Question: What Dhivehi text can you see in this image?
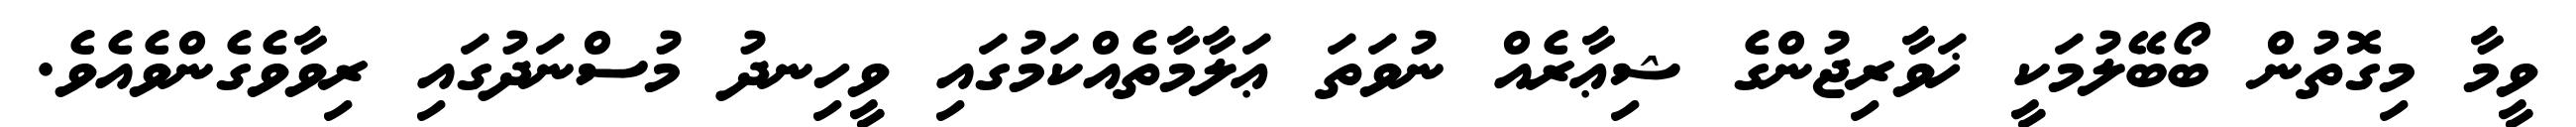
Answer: ވީމާ މިގޮތުން ބޯބޭލުމަކީ ޚަވާރިޖުންގެ ޝިޢާރެއް ނުވަތަ ޢަލާމާތެއްކަމުގައި ވީހިނދު މުސްނަދުގައި ރިވާވެގެންވެއެވެ.